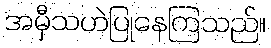
အမှီသဟဲပြုနေကြသည်။